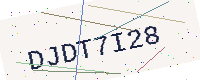
Text: DJDT7I28